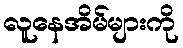
လူနေအိမ်များကို